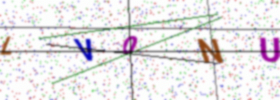
Text: LV0NU